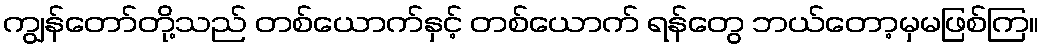
ကျွန်တော်တို့သည် တစ်ယောက်နှင့် တစ်ယောက် ရန်တွေ ဘယ်တော့မှမဖြစ်ကြ။